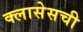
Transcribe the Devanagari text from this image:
क्लासेसची